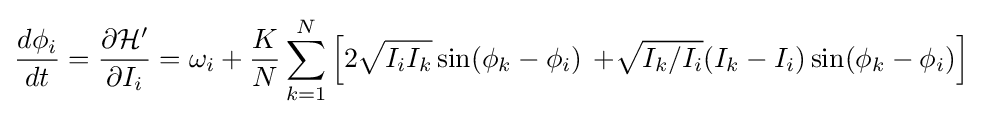
{\frac {d\phi _{i}}{dt}}={\frac {\partial {\mathcal {H}}'}{\partial I_{i}}}=\omega _{i}+{\frac {K}{N}}\sum _{k=1}^{N}\left[2{\sqrt {I_{i}I_{k}}}\sin(\phi _{k}-\phi _{i})\right.\left.+{\sqrt {I_{k}/I_{i}}}(I_{k}-I_{i})\sin(\phi _{k}-\phi _{i})\right]